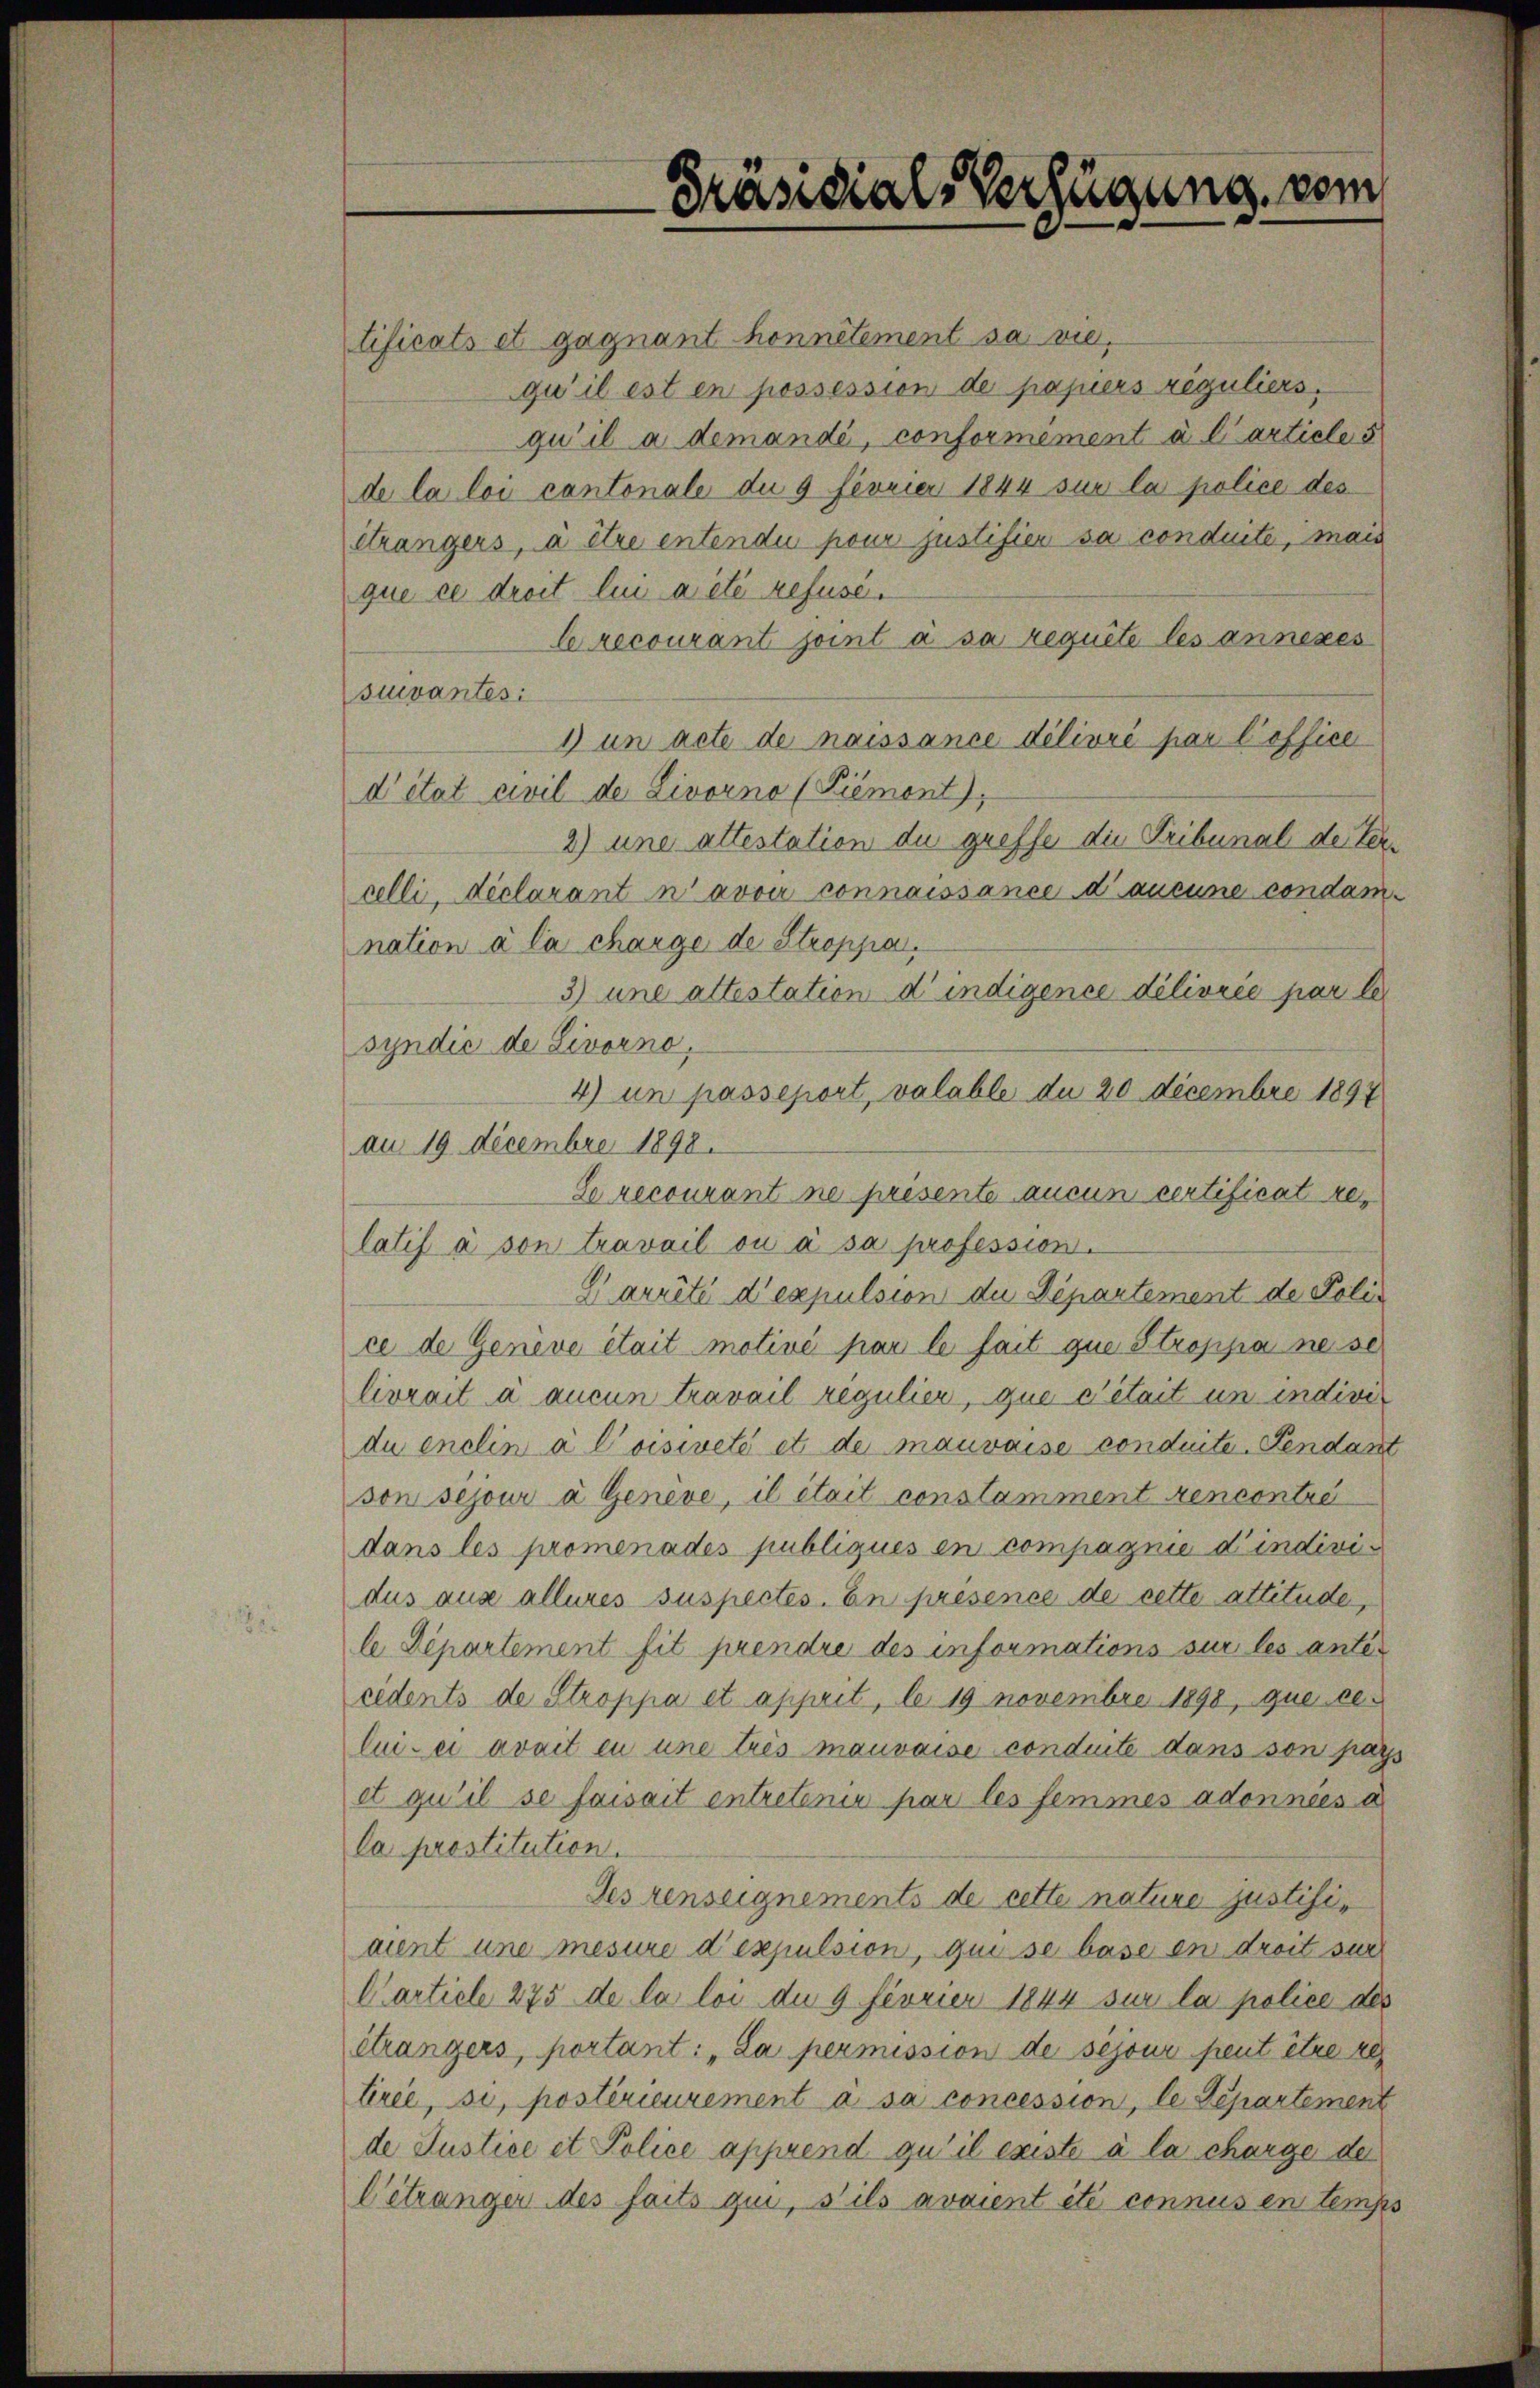
Präsidial-Verfügung vom

tificats et gagnant honnêtement sa viequ’ il est en possession de papiers reguliers,
qu’il a demandé, conformément à l’articles
de la loi cantonale du 9 Fevrier 1844 sur la police des
etrangers, à être entende pour justifier sa conduite, mais
que ce droit lui a été refuse¬
Crecourant joint à sa requite les annexes
suivantes:
1) un acte de naissance délivré par l’office
d’état civil de Livorno (Piemont),
2) une altestation du greffe die Tribunal der Vercelli, Reclarant n’avoir connaissance d’aucune condamnation à la charge de Stroppa.
3) une attestation d’indigence délivrée par le
syndić de Livorno,
4) in passeport, valable du 20 decembre 1897
an 19. Decembre 1898.
Se recourant ne presente aucun certificat relatif à son travail ou à sa profession.
Garnité d’expulsion de Departement de Police de Genève était motivé par le fait que Stroppa ne se
livrait à aucun travail regulier, que détait un individu enclin à loisivité et de mauvaise conduite. Pendant
son sejour a Geneve, il était constamment rencontre
dans les promenades publiques en compagnie d’individus aus alleres suspectes. En présence de cette attitude,
le Departement fit prendre des informations sur les anter
cidents de Stroppa et apprit, le 19 novembre 1898, que ce
lui-ci avait en une trés mauvaise conduite dans son pass
et qu’il se faisait entretenir par les femmes adonnées a
la prostitution.
Jeszenseignements de cette nature justifiaient une mesure d’expulsion, qui se base en droit sie
Carticle 275 de la loi due 9 fevrier 1844 sur la police des
étrangers, portant: „La permission de sejour peut être a
tirée, si, postérieurement à sa concession, le Separtement
de Justice et Police apprend qu’il existe à la charge der
C'étranger des faits qui, s’ils avaient été connus en temps